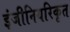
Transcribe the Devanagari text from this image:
इंजीनियरिकृत